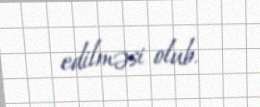
edilməsi olub.